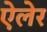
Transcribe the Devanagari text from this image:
ऐलेर